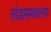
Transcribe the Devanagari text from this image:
लंडममधल्या